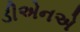
ડીએનએ